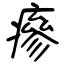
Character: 瘮